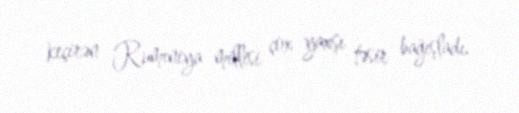
keçirən Rumıniya millisi çox yaxşı təsir bağışladı.